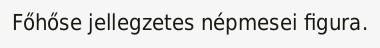
Főhőse jellegzetes népmesei figura.